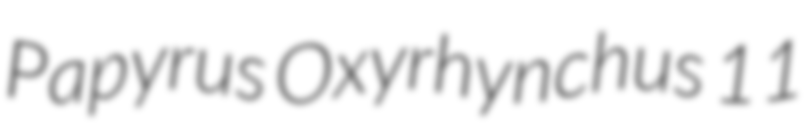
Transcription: Papyrus Oxyrhynchus 11